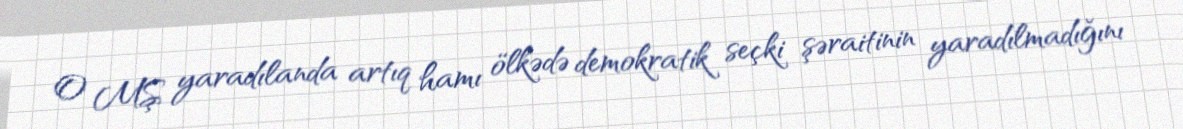
O MŞ yaradılanda artıq hamı ölkədə demokratik seçki şəraitinin yaradılmadığını